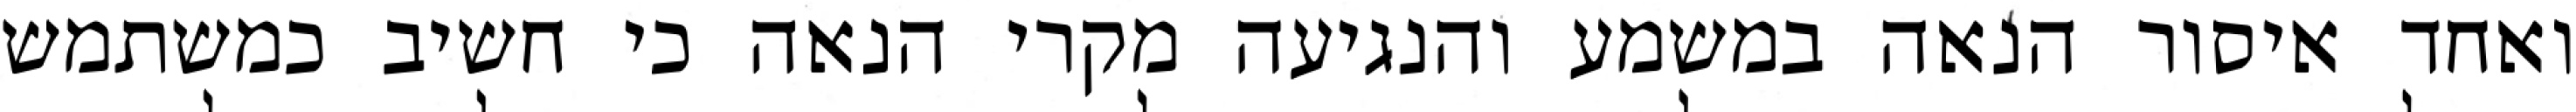
ואחד איסור הנאה במשמע והנגיעה מקרי הנאה כי חשיב כמשתמש